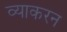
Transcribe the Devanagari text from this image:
व्याकरन